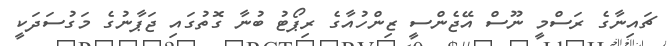
ޗައިނާގެ ރަސްމީ ނޫސް އޭޖެންސީ ޒިންހުއާގެ ރިޕޯޓު ބުނާ ގޮތުގައި ޖަޕާނުގެ މަގުސަދަކީ